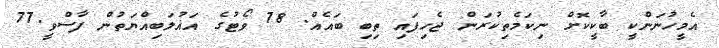
އެމީހުނަންކީ ބާކީކޮށް ނިކަމެތިކުރަން ޖެހިފައި ތިބި ބައެއް. 78 ވޯޓުގެ އަޣުލަބިއްޔަތުން ފާސްވީ.77